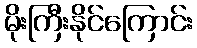
မိုးကြီးနိုင်ကြောင်း